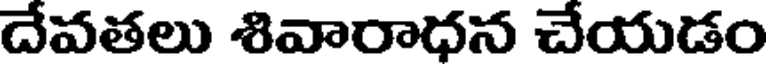
దేవతలు శివారాధన చేయడం